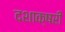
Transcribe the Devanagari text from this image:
दशाक्षरी